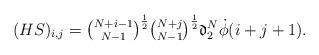
LaTeX: \begin{align*}(HS)_{i,j}=\tbinom{N+i-1}{N-1}^{\frac{1}{2}}\tbinom{N+j}{N-1}^{\frac{1}{2}}\mathfrak{d}_2^N\dot{\phi}(i+j+1).\end{align*}